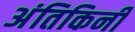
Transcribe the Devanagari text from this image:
अंतिकिनी